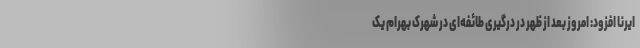
ایرنا افزود: امروز بعد از ظهر در درگیری طائفه‌ای در شهرک بهرام یک